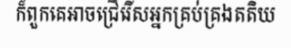
ក៏ពួកគេអាចជ្រើរើសអ្នកគ្រប់គ្រងតតិយ